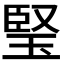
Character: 𤦁